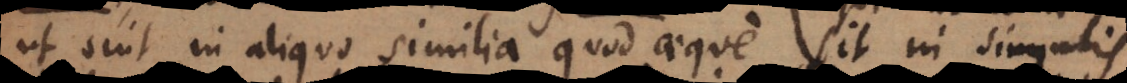
ut sint in aliquo similia quod aeque sit in singulis